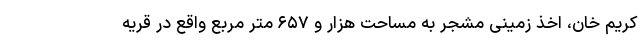
کریم خان، اخذ زمینی مشجر به مساحت هزار و ۶۵۷ متر مربع واقع در قریه